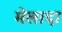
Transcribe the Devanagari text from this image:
मेलादा